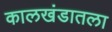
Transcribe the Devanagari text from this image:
कालखंडातला